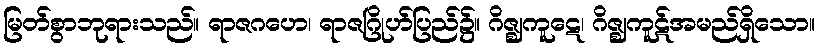
မြတ်စွာဘုရားသည်။ ရာဇဂဟေ၊ ရာဇဂြိုဟ်ပြည်၌။ ဂိဇ္ဈကူဋေ၊ ဂိဇ္ဈကူဋ်အမည်ရှိသော။